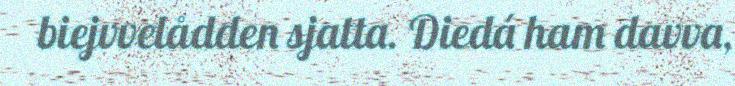
biejvvelådden sjatta. Diedá ham davva,